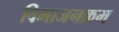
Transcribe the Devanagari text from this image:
विभाजनक्रम